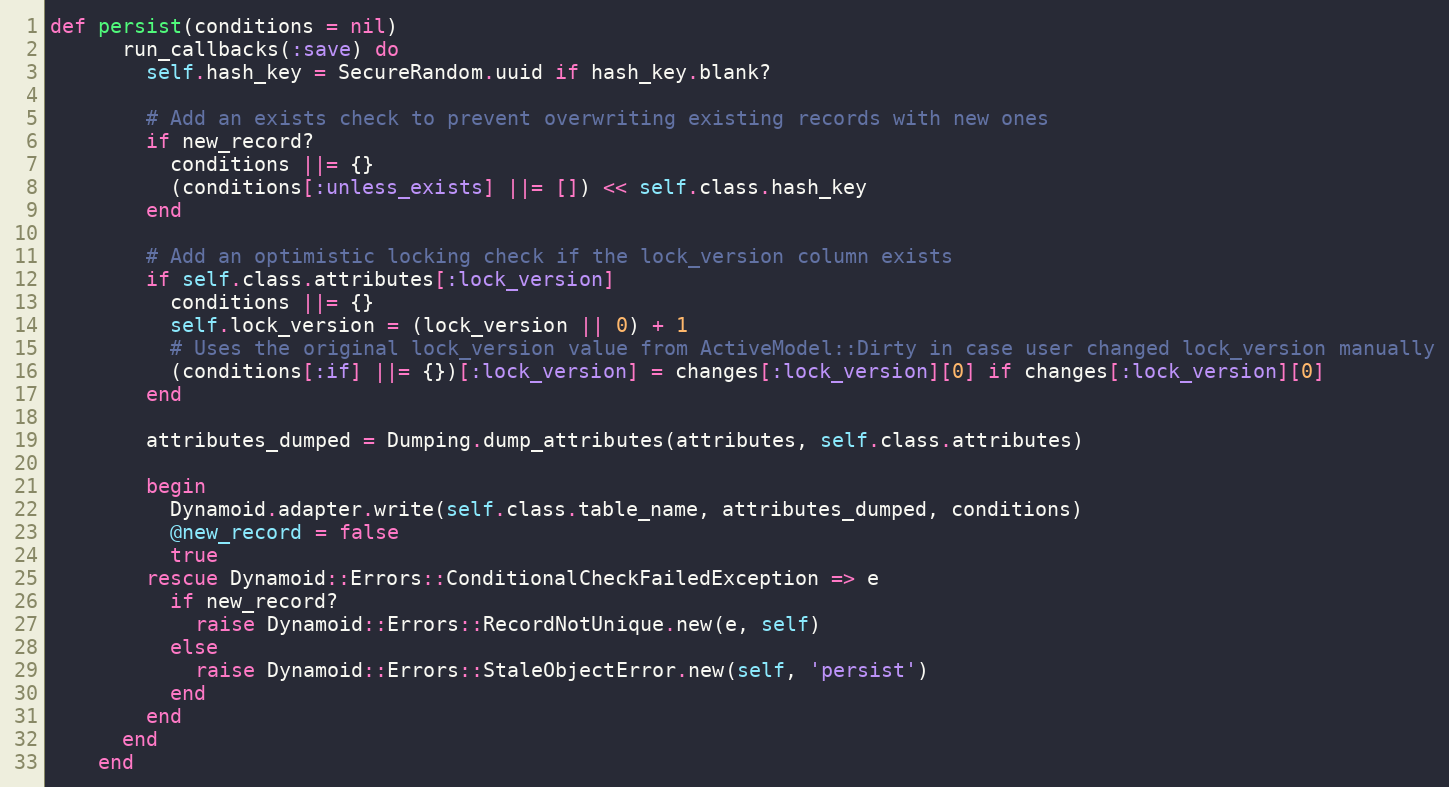
Language: Ruby
def persist(conditions = nil)
      run_callbacks(:save) do
        self.hash_key = SecureRandom.uuid if hash_key.blank?

        # Add an exists check to prevent overwriting existing records with new ones
        if new_record?
          conditions ||= {}
          (conditions[:unless_exists] ||= []) << self.class.hash_key
        end

        # Add an optimistic locking check if the lock_version column exists
        if self.class.attributes[:lock_version]
          conditions ||= {}
          self.lock_version = (lock_version || 0) + 1
          # Uses the original lock_version value from ActiveModel::Dirty in case user changed lock_version manually
          (conditions[:if] ||= {})[:lock_version] = changes[:lock_version][0] if changes[:lock_version][0]
        end

        attributes_dumped = Dumping.dump_attributes(attributes, self.class.attributes)

        begin
          Dynamoid.adapter.write(self.class.table_name, attributes_dumped, conditions)
          @new_record = false
          true
        rescue Dynamoid::Errors::ConditionalCheckFailedException => e
          if new_record?
            raise Dynamoid::Errors::RecordNotUnique.new(e, self)
          else
            raise Dynamoid::Errors::StaleObjectError.new(self, 'persist')
          end
        end
      end
    end